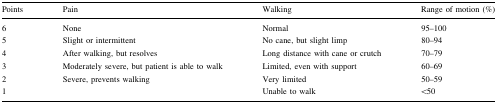
| Points | Pain | Walking | Range of motion (%) |
 | --- | --- | --- | --- |
 | 6 | None | Normal | 95–100 |
 | 5 | Slight or intermittent | No cane, but slight limp | 80–94 |
 | 4 | After walking, but resolves | Long distance with cane or crutch | 70–79 |
 | 3 | Moderately severe, but patient is able to walk | Limited, even with support | 60–69 |
 | 2 | Severe, prevents walking | Very limited | 50–59 |
 | 1 |  | Unable to walk | <50 |